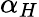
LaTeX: \alpha_{H}